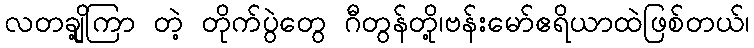
လတချို့ကြာ တဲ့ တိုက်ပွဲတွေ ဂီတွန်တို့၊ဗန်းမော်ဧရိယာထဲဖြစ်တယ်၊